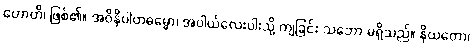
ဟောတိ၊ ဖြစ်၏။ အဝိနိပါတဓမ္မော၊ အပါယ်လေးပါးသို့ ကျခြင်း သဘော မရှိသည်။ နိယတော၊